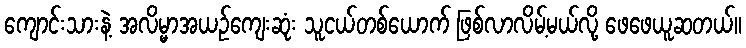
ကျောင်းသားနဲ့ အလိမ္မာအယဉ်ကျေးဆုံး သူငယ်တစ်ယောက် ဖြစ်လာလိမ့်မယ်လို့ ဖေဖေယူဆတယ်။